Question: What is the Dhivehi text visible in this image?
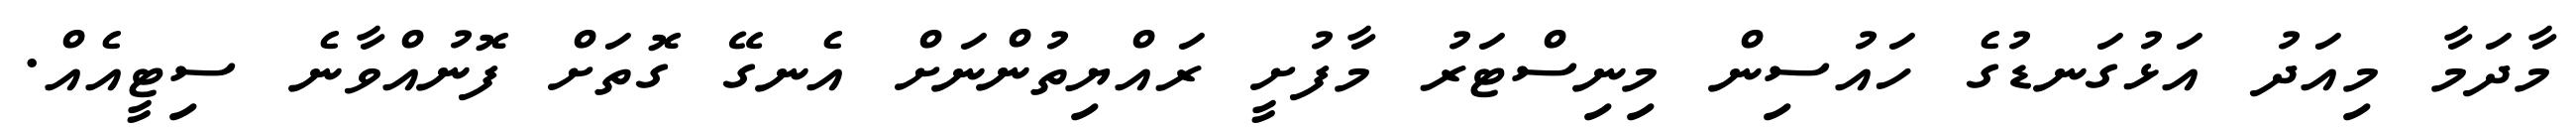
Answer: މާދަމާ މިއަދު އަޅުގަނޑުގެ ހައުސިން މިނިސްޓަރު މާފުށީ ރައްޔިތުންނަށް އެނގޭ ގޮތަށް ފޮނުއްވާނެ ސިޓީއެއް.